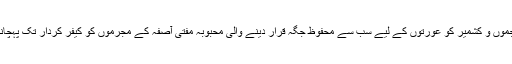
حیف صد حیف کہ ریاست جموں و کشمیر کو عورتوں کے لیے سب سے محفوظ جگہ قرار دینے والی محبوبہ مفتی آصفہ کے مجرموں کو کیفرِ کردار تک پہچانے میں معذور نظر آتی ہے۔